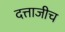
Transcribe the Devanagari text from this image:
दत्ताजीच